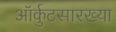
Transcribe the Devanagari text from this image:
ऑर्कुटसारख्या